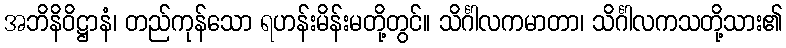
အဘိနိဝိဋ္ဌာနံ၊ တည်ကုန်သော ရဟန်းမိန်းမတို့တွင်။ သိင်္ဂါလကမာတာ၊ သိင်္ဂါလကသတို့သား၏